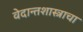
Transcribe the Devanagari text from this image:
वेदान्तशास्त्राचा